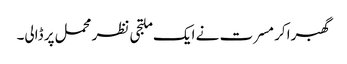
گھبرا کر مسرت نے ایک ملتجی نظر محمل پر ڈالی۔